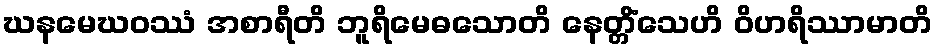
ဃနမေဃဝဿံ အစာရီတိ ဘူရိမေဓသောတိ နေတ္တိံသေဟိ ဝိဟရိဿာမာတိ